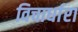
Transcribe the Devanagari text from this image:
विचार्धारा